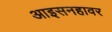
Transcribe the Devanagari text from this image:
आइसनहावर